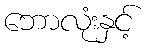
ဘောလုံးနှင့်